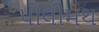
પોલીમથ